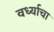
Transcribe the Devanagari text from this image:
वर्ध्याचा